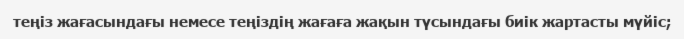
теңіз жағасындағы немесе теңіздің жағаға жақын түсындағы биік жартасты мүйіс;